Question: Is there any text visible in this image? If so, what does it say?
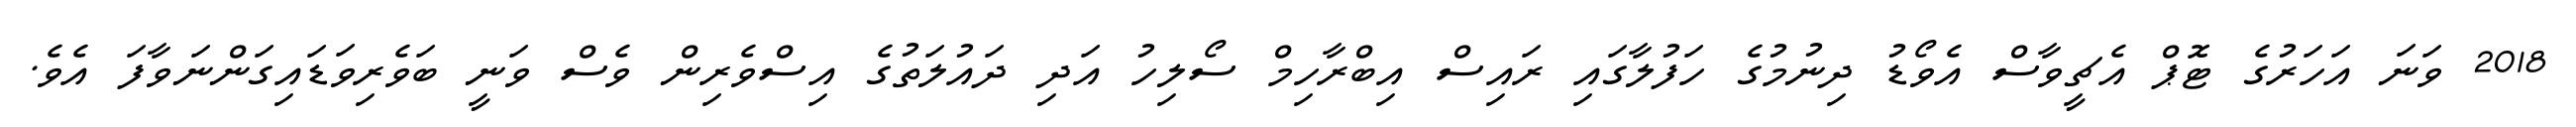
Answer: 2018 ވަނަ އަހަރުގެ ޓޮޕް އެޗީވާސް އެވޯޑު ދިނުމުގެ ހަފުލާގައި ރައިސް އިބްރާހިމް ސޯލިހު އަދި ދައުލަތުގެ އިސްވެރިން ވެސް ވަނީ ބަވެރިވަޑައިގަންނަވާފަ އެވެ.